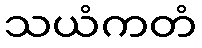
သယံကတံ